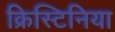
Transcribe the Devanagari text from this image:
क्रिस्टिनिया